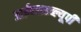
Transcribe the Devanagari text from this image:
आईएसडब्ल्यूपी